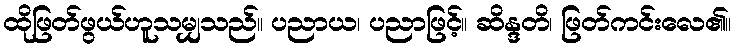
ထိုဖြတ်ဖွယ်ဟူသမျှသည်။ ပညာယ၊ ပညာဖြင့်။ ဆိန္ဒတိ၊ ဖြတ်ကင်းလေ၏။